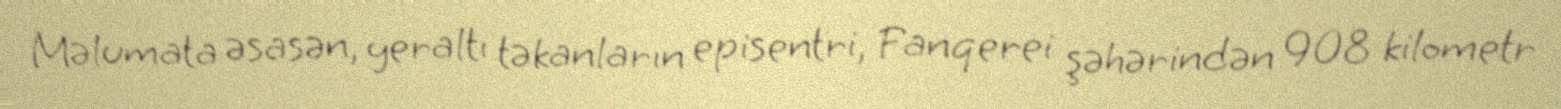
Məlumata əsasən, yeraltı təkanların episentri, Fanqerei şəhərindən 908 kilometr